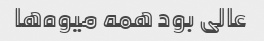
عالی بود همه میوه‌ها